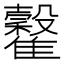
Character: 𩁡